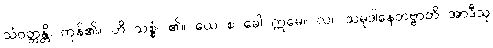
သံဝတ္တန္တိ၊ ကုန်၏။ ဟိ သစ္စံ၊ ၏။ ယေ စ ခေါ ဣမေ။ လ။ သမုဒါနေတဗ္ဗာတိ အာဒီသု